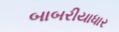
બાબરીયાધાર